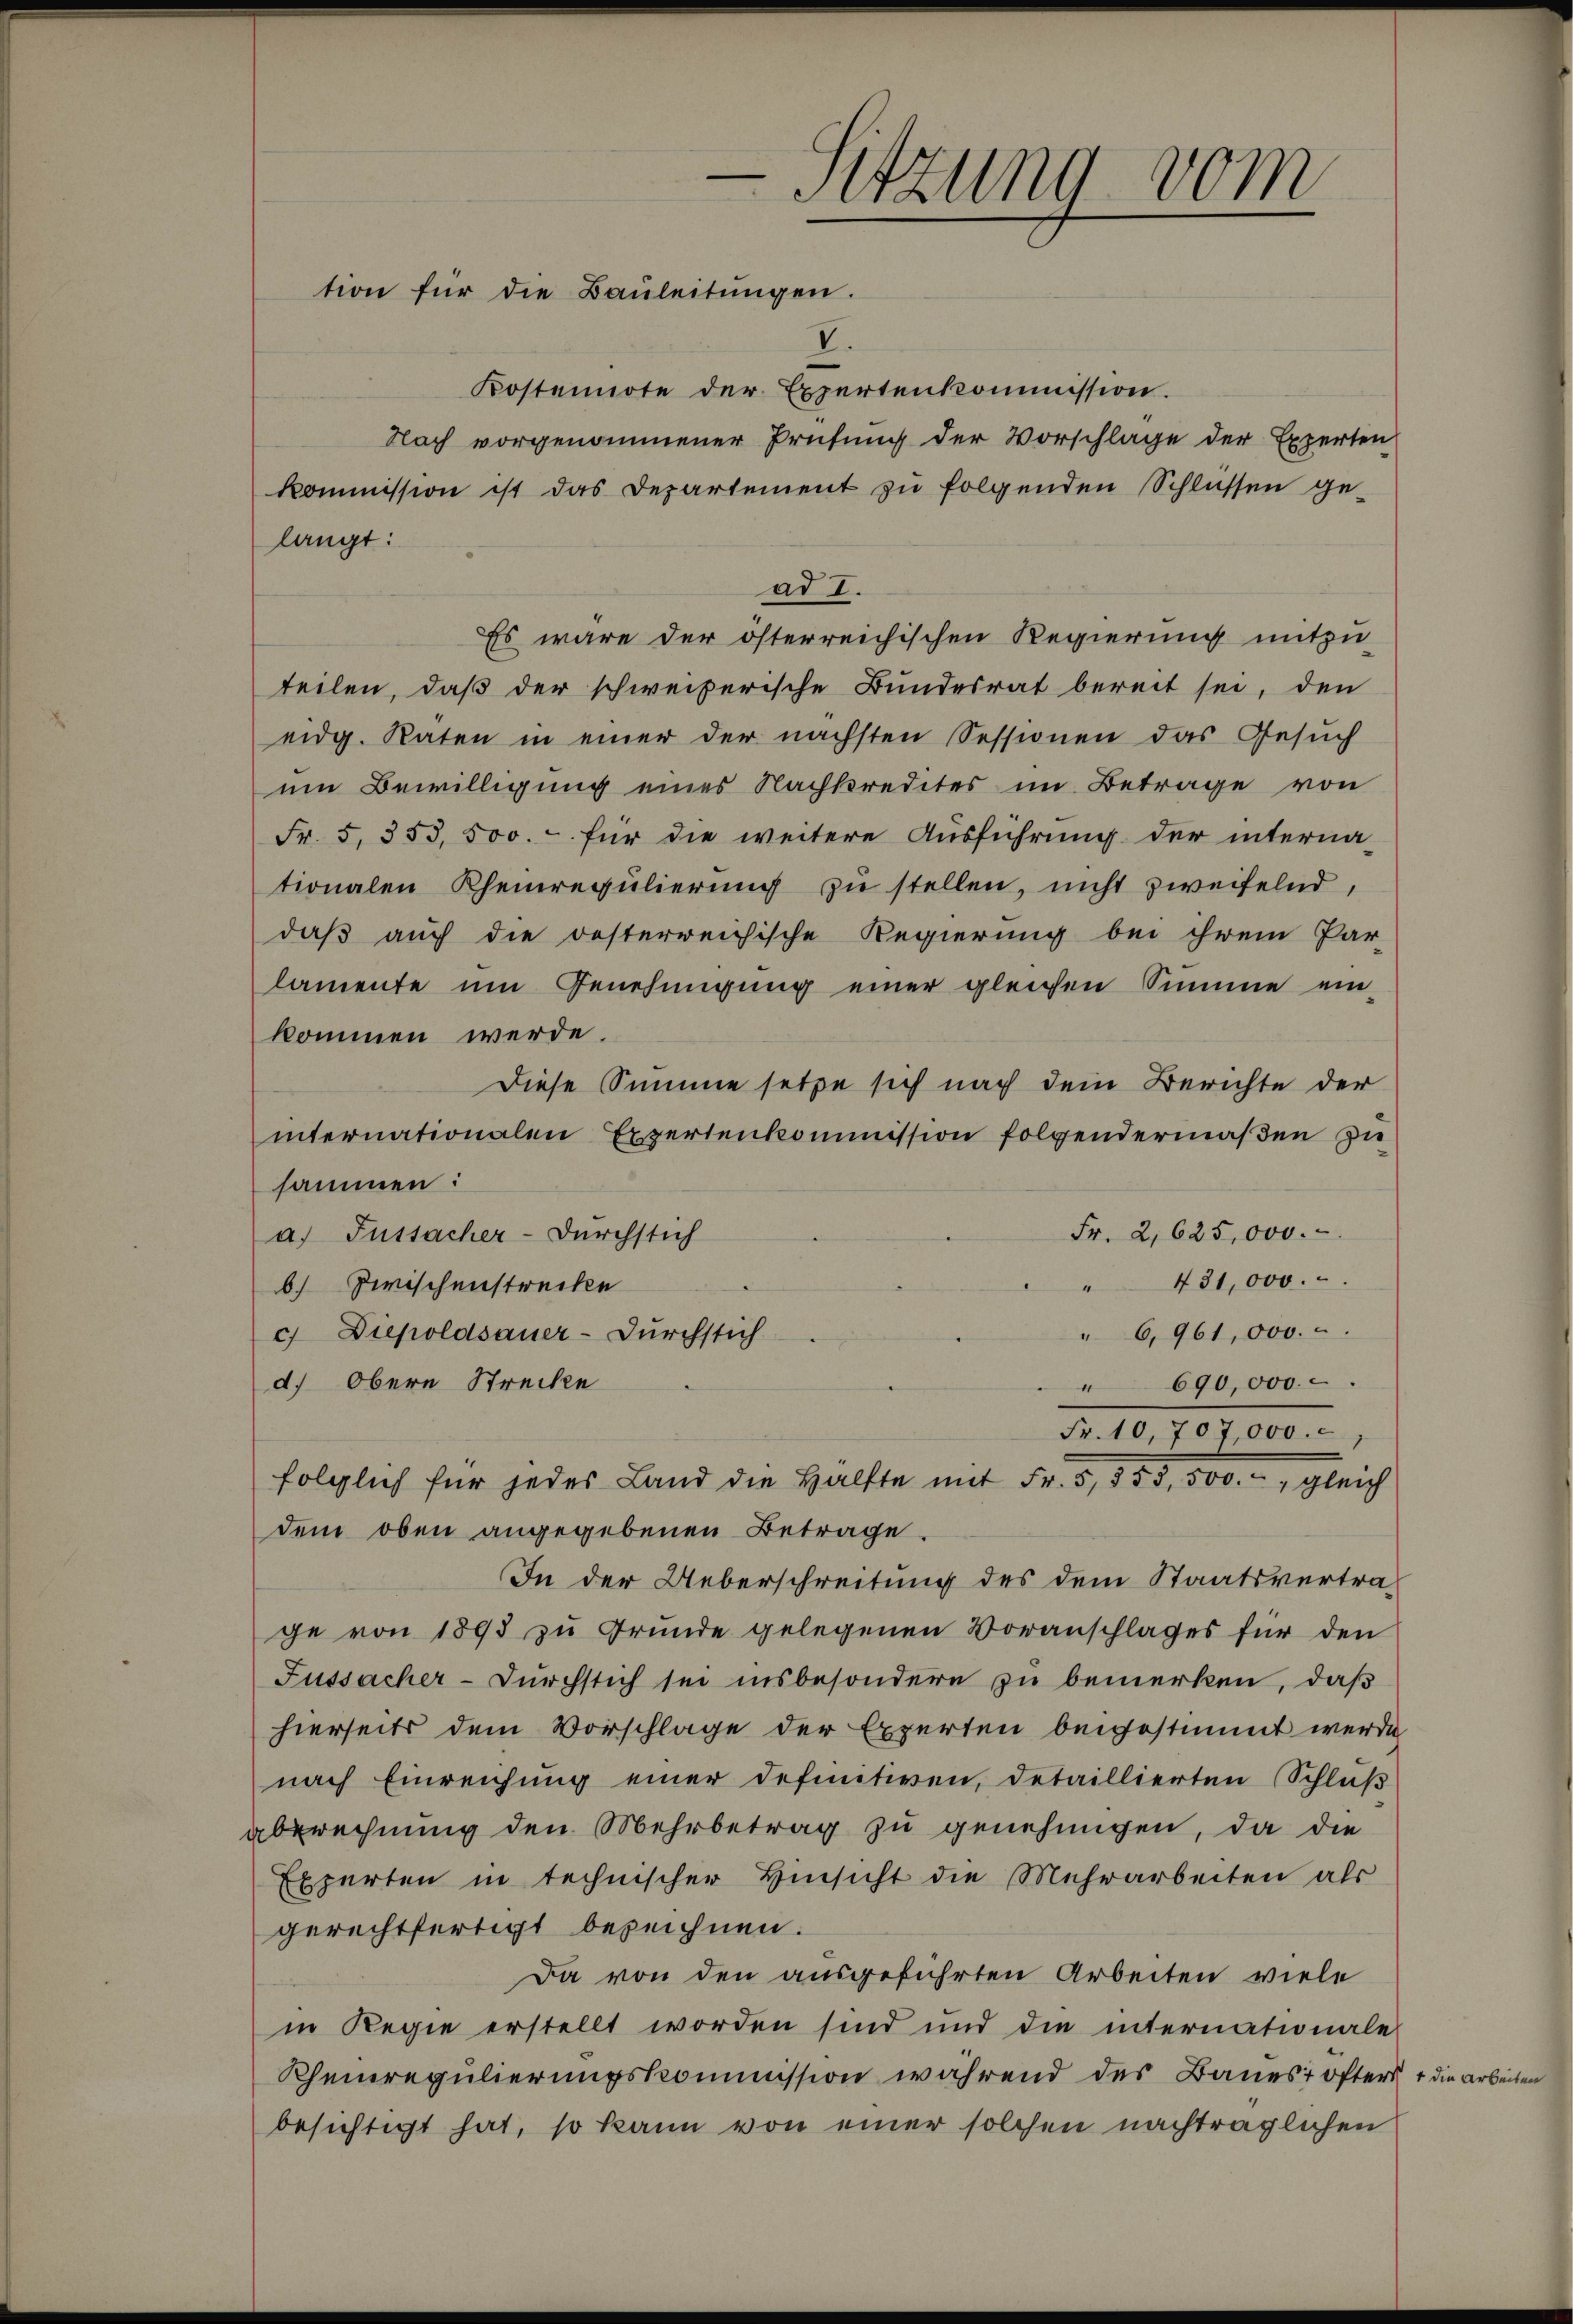
tion für die Baŭleitŭngen.
V.

Sitzung vom

Kostennote der Expertenkommission.
Nach vorgenommener Prüfung der Vorschlage der Experten
kommission ist das Departement zŭ folgenden Schlüssen ge-
langt:
ad I.
Es wäre der österreichischen Regierung mitzu-
teilen, daß der schweizerische Bundesrat bereit sei, den
eidg. Raten in einer der nächsten Sessionen das Gesuch
um Bewilligung eines Nachkredites im Betrage von
Fr. 5. 353, 500.- für die weitere Ausführung der interna-
tionalen Rheinregŭlierŭng zŭ stellen, nicht zweifelnd,
daß auch die oesterreichische Regierung bei ihrem Par-
lamente um Genehmigŭng einer gleichen Summe ein-
kommen werde.
Diese Summe setze sich nach dem Berichte der
internationalen Expertenkommission folgendermaßen zu
sammen:
Fr. 2,625,000.
a) Fussacher-Durchstich
"481,000.
b) Zwischenstrecke
" 6,961,000.
c) Diepoldsauer-Durchstich
d. Obere Strecke
" 690,000
Fr. 10,707,000.
folglich für jedes Land die Hälfte mit Fr. 5, 353, 500.- gleich
dem oben angegebenen Betrage.
In der Ueberschreitung des dem Staatsvertrage von 1893 zu Grunde gelegenen Voranschlages für den
Fussacher-Durchstich sei insbesondere zu bemerken, daß
hierseits dem Vorschlage der Experten beigestimmt werde
nach Einreichung einer definitiven, detaillierten Schlŭβ
berechnung den Mehrbetrag zu genehmigen, da die
Experten in technischer Hinsicht die Mehrarbeiten als
gerechtfertigt bezeichnen.
Da von den ausgeführten Arbeiten viele
in Regie erstellt worden sind und die internationale
Rheinregulierungskommission während des Baues öfters
besichtigt hat, so kann von einer solchen nachträglichen

1 die Arbe